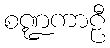
စဏ္ဍကာဠီ